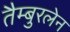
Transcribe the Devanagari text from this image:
तैम्बुरलेन